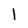
Character: l